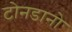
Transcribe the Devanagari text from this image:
टोनडानो